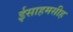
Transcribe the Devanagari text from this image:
ईसाहमसीह